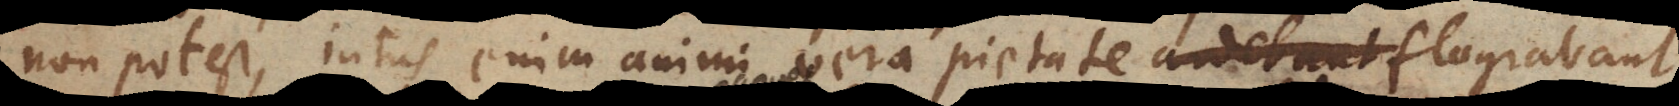
non potest, intus enim animi vera pietate ardebant. flagrabant